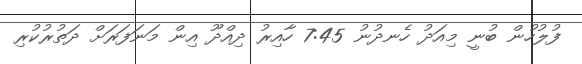
ފުލުހުން ބުނީ މިއަދު ހެނދުނު 7:45 ހާއިރު ދިއްދޫ އިން މަނަފަރަށް ދަތުރުކުރި